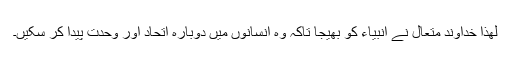
لھذا خداوند متعال نے انبیاء کو بھیجا تاکہ وہ انسانوں میں دوبارہ اتحاد اور وحدت پیدا کر سکیں۔